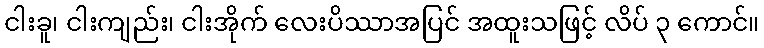
ငါးခူ၊ ငါးကျည်း၊ ငါးအိုက် လေးပိဿာအပြင် အထူးသဖြင့် လိပ် ၃ ကောင်။